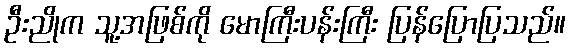
ဦးညိုက သူ့အဖြစ်ကို မောကြီးပန်းကြီး ပြန်ပြောပြသည်။